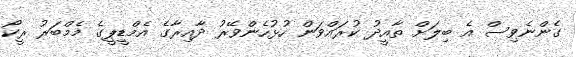
ގެންނެވިސް އެ ބިލަށް ތާއީދު ކުރައްވަން ހުޅުހެންވޭރު ދާއިރާގެ އެމްޑީޕީގެ މެމްބަރު ރީކޯ